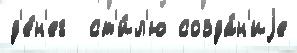
д'е́н'ег  ст'и́л'ю созда́н'иjе